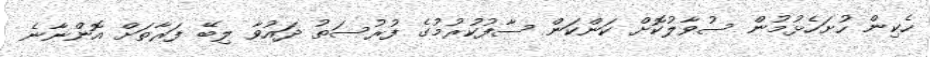
ހެކިން ހުށަހެޅުމުން ސުވާލުކޮށް ކަންކަން ސާފުކުރުމުގެ ފުރުސަތު ދައުވާ ލިބޭ ފަރާތަށް އޮންނާނެ